Sketch of the medical history of the native army of Bombay, for the year
Year: 1875
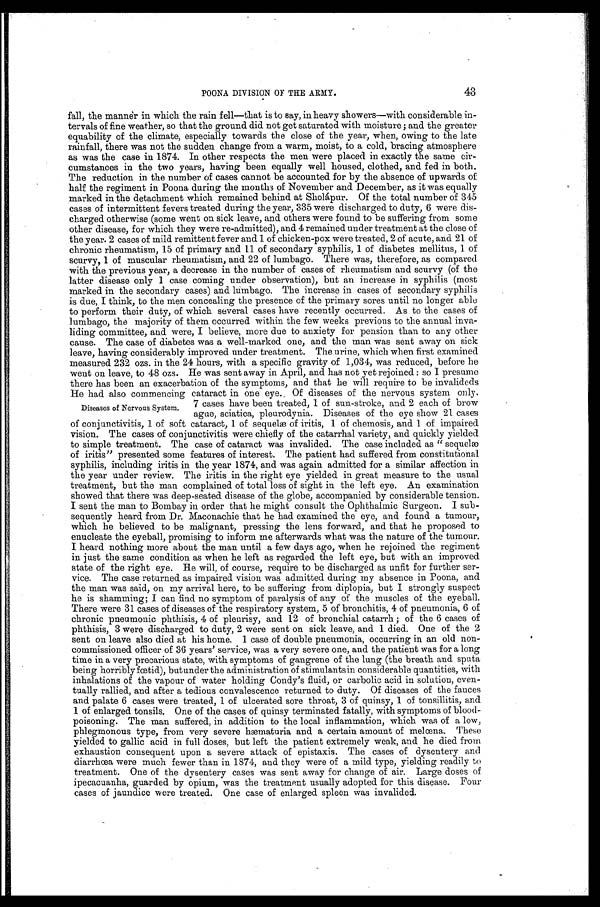
POONA DIVISION OF THE ARMY.
43
fall, the mannèr in which the rain fell—that is to say, in heavy showers—with considerable. in
-tervals of fine weather, so that the ground did not get saturated with moisture ; and the greater
equability of the climate, especially towards the close of the year, when, owing to the late
rainfall, there was not the sudden change from a warm, moist, to a cold, bracing atmosphere
as was the case in 1874. In other respects the men were placed in exactly the same cir
-cumstances in the two years, having been equally well housed, clothed, and fed in both.
The reduction in the number of cases cannot be accounted for by the absence of upwards of
half the regiment in Poona during the months of November and December, as it was equally
marked in the detachment which remained behind at Sholápur. Of the total number of 345
cases of intermittent fevers treated during the year, 335 were discharged to duty, 6 were dis-
charged otherwise (some went on sick leave, and others were found to be suffering from some
other disease, for which they were re-admitted), and 4 remained under treatment at the close of
the year. 2 cases of mild remittent fever and 1 of chicken-pox were treated, 2 of acute, and 21 of
chronic rheumatism, 15 of primary and 11 of secondary syphilis, 1 of diabetes mellitus, 1 of
scurvy, 1 of muscular rheumatism, and 22 of lumbago. There was, therefore, as compared
with the previous year, a decrease in the number of cases of rheumatism and scurvy (of the
latter disease only 1 case coming under observation), but an increase in syphilis (most
marked in the secondary cases) and lumbago. The increase in cases of secondary syphilis
is due, I think, to the men concealing the presence of the primary sores until no longer able
to perform their duty, of which several cases have recently occurred. As to the cases of
lumbago, the majority of them occurred within the few weeks previous to the annual inva-
liding committee, and were, I believe, more due to anxiety for pension than to any other
cause. The case of diabetes was a well-marked one, and the man was sent away on sick
leave, having considerably improved under treatment. The urine, which when first examined
measured 232 ozs. in the 24 hours, with a specific gravity of 1,034, was reduced, before he
went on leave, to 48 ozs. He was sent away in April, and has not yet rejoined : so I presume
there has been an exacerbation of the symptoms, and that he will require to be invalideds
He had also commencing cataract in one eye. Of diseases of the nervous system only.
Diseases of Nervous System.
7 cases have been treated, 1 of sun-stroke, and 2 each of brow
ague, sciatica, pleurodynia. Diseases of the eye show 21 cases
of conjunctivitis, 1 of soft cataract, 1 of sequelæ of iritis, 1 of chemosis, and 1 of impaired
vision. The cases of conjunctivitis were chiefly of the catarrhal variety, and quickly yielded
to simple treatment. The case of cataract was invalided. The case included as "sequelæ
of iritis" presented some features of interest. The patient had suffered from constitutional
syphilis, including iritis in the year 1874, and was again admitted for a similar affection in
the year under review. The iritis in the right eye yielded in great measure to the usual
treatment, but the man complained of total loss of sight in the left eye. An examination
showed that there was deep-seated disease of the globe, accompanied by considerable tension.
I sent the man to Bombay in order that he might consult the Ophthalmic Surgeon. I sub
- s e q u e n t l y h e a r d f r o m D r . M a c o n a c h i e t h a t h e h a d e x a m i n e d t h e e y e , a n d f o u n d a t u m o u r ,
which he believed to be malignant, pressing the lens forward, and that he proposed to
enucleate the eyeball, promising to inform me afterwards what was the nature of the tumour.
I h e a r d n o t h i n g m o r e a b o u t t h e m a n u n t i l a f e w d a y s a g o , w h e n h e r e j o i n e d t h e r e g i m e n t
in just the same condition as when he left as regarded the left eye, but with an improved
state of the right eye. He will, of course, require to be discharged as unfit for further ser-
vice. The case returned as impaired vision was admitted during my absence in Poona, and
the man was said, on my arrival here, to be suffering from diplopia, but I strongly suspect
he is shamming; I can find no symptom of paralysis of any of the muscles of the eyeball.
There were 31 cases of diseases of the respiratory system, 5 of bronchitis, 4 of pneumonia, 6 of
chronic pneumonic phthisis, 4 of pleurisy, and 12 of bronchial catarrh ; of the 6 cases of
phthisis, 3 were discharged to duty, 2 were sent on sick leave, and 1 died. One of the 2
sent on leave also died at his home. 1 case of double pneumonia, occurring in an old non
- c o m m i s s i o n e d o f f i c e r o f 3 6 y e a r s ' s e r v i c e , w a s a v e r y s e v e r e o n e , a n d t h e p a t i e n t w a s f o r a l o n g
time in a very precarious state, with symptoms of gangrene of the lung (the breath and sputa
being horribly fœtid), butunder the administration of stimulants in considerable quantities, with
inhalations of the vapour of water holding Condy's fluid, or carbolic acid in solution, even
- t u a l l y r a l l i e d , a n d a f t e r a t e d i o u s c o n v a l e s c e n c e r e t u r n e d t o d u t y . O f d i s e a s e s o f t h e f a u c e s
and palate 6 cases were treated, 1 of ulcerated sore throat, 3 of quinsy, 1 of tonsillitis, and
1 of enlarged tonsils. One of the cases of quinsy terminated fatally, with symptoms of blood
- p o i s o n i n g . T h e m a n s u f f e r e d , i n a d d i t i o n t o t h e l o c a l i n f l a m m a t i o n , w h i c h w a s o f a l o w ,
phlegmonous type, from very severe hæmaturia and a certain amount of melœna. These
yielded to gallic acid in full doses, but left the patient extremely weak, and he died from
exhaustion consequent upon a severe attack of epistaxis. The cases of dysentery and
d i a r r h œ a w e r e m u c h f e w e r t h a n i n 1 8 7 4 , a n d t h e y w e r e o f a m i l d t y p e , y i e l d i n g r e a d i l y t o
treatment. One of the dysentery cases was sent away for change of air. Large doses of
ipecacuanha, guarded by opium, was the treatment usually adopted for this disease. Four
cases of jaundice were treated. One case of enlarged spleen was invalided.